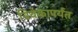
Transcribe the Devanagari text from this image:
विवेकापर्यंत